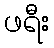
ဖရီး